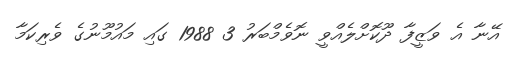
އޭނާ އެ ވަޒީފާ ދޫކޮށްލެއްވީ ނޮވެމްބަރު 3 1988 ގައި މައުމޫނުގެ ވެރިކަމާ